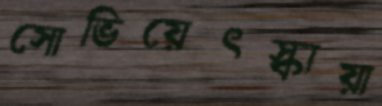
সোভিয়েৎস্কায়া